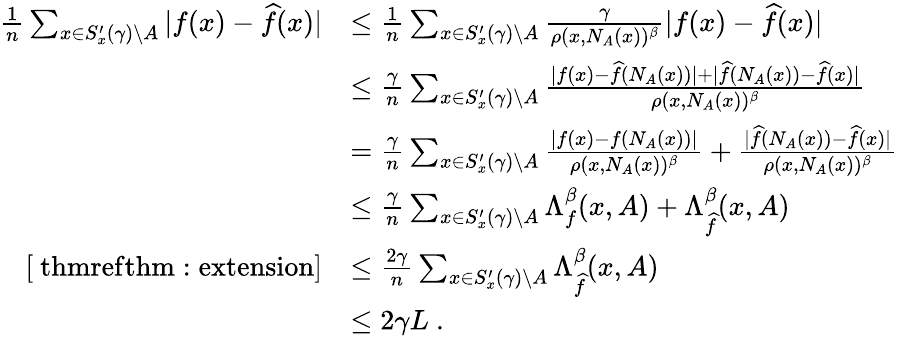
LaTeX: \begin{array}{rl}{\frac{1}{n}\sum_{x\in S_{x}^{\prime}(\gamma)\setminus A}|f(x)-{\widehat{f}}(x)|}&{\leq\frac{1}{n}\sum_{x\in S_{x}^{\prime}(\gamma)\setminus A}\frac{\gamma}{\rho(x,N_{A}(x))^{\beta}}|f(x)-{\widehat{f}}(x)|}\\ &{\leq\frac{\gamma}{n}\sum_{x\in S_{x}^{\prime}(\gamma)\setminus A}\frac{|f(x)-{\widehat{f}}(N_{A}(x))|+|{\widehat{f}}(N_{A}(x))-{\widehat{f}}(x)|}{\rho(x,N_{A}(x))^{\beta}}}\\ &{=\frac{\gamma}{n}\sum_{x\in S_{x}^{\prime}(\gamma)\setminus A}\frac{|f(x)-f(N_{A}(x))|}{\rho(x,N_{A}(x))^{\beta}}+\frac{|{\widehat{f}}(N_{A}(x))-{\widehat{f}}(x)|}{\rho(x,N_{A}(x))^{\beta}}}\\ &{\leq\frac{\gamma}{n}\sum_{x\in S_{x}^{\prime}(\gamma)\setminus A}\Lambda_{f}^{\beta}(x,A)+\Lambda_{\widehat{f}}^{\beta}(x,A)}\\ {\left[\mathrm{\ thmref{thm:extension}}\right]}&{\leq\frac{2\gamma}{n}\sum_{x\in S_{x}^{\prime}(\gamma)\setminus A}\Lambda_{\widehat{f}}^{\beta}(x,A)}\\ &{\leq 2\gamma L~.}\end{array}